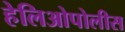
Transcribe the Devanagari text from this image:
हेलिओपोलीस